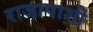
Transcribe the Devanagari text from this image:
राजापाशी